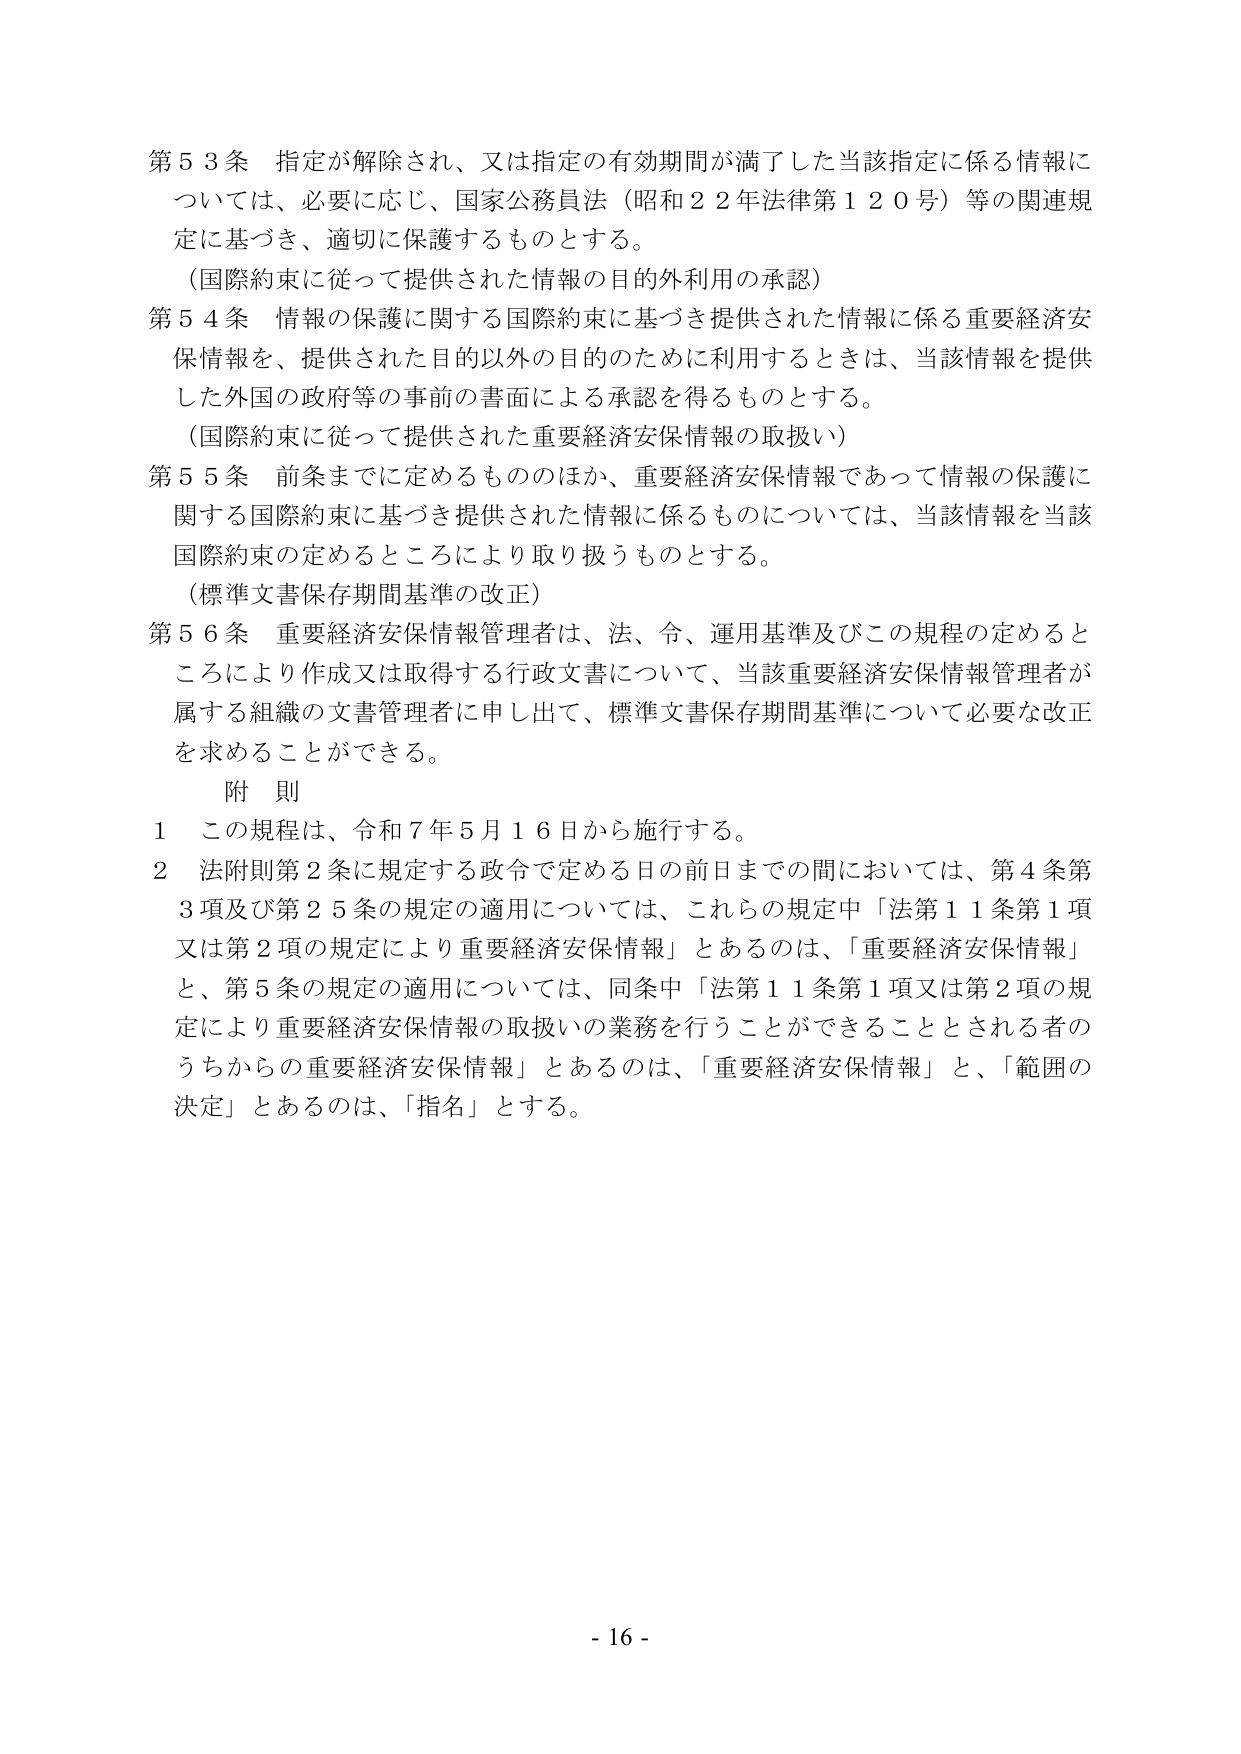
第５３条 指定が解除され、又は指定の有効期間が満了した当該指定に係る情報については、必要に応じ、国家公務員法（昭和２２年法律第１２０号）等の関連規定に基づき、適切に保護するものとする。

（国際約束に従って提供された情報の目的外利用の承認）

第５４条 情報の保護に関する国際約束に基づき提供された情報に係る重要経済安保情報を、提供された目的以外の目的のために利用するときは、当該情報を提供した外国の政府等の事前の書面による承認を得るものとする。

（国際約束に従って提供された重要経済安保情報の取扱い）

第５５条 前条までに定めるもののほか、重要経済安保情報であって情報の保護に関する国際約束に基づき提供された情報に係るものについては、当該情報を当該国際約束の定めるところにより取り扱うものとする。

（標準文書保存期間基準の改正）

第５６条 重要経済安保情報管理者は、法、令、運用基準及びこの規程の定めるところにより作成又は取得する行政文書について、当該重要経済安保情報管理者が属する組織の文書管理者に申し出て、標準文書保存期間基準について必要な改正を求めることができる。

附 則

１ この規程は、令和７年５月１６日から施行する。

２ 法附則第２条に規定する政令で定める日の前日までの間においては、第４条第３項及び第２５条の規定の適用については、これらの規定中「法第１１条第１項又は第２項の規定により重要経済安保情報」とあるのは、「重要経済安保情報」と、第５条の規定の適用については、同条中「法第１１条第１項又は第２項の規定により重要経済安保情報の取扱いの業務を行うことができることとされる者のうちからの重要経済安保情報」とあるのは、「重要経済安保情報」と、「範囲の決定」とあるのは、「指名」とする。

- 16 -